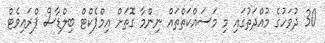
30 ދުވަހުގެ މުއްދަތުގައި މި މަސައްކަތްތައް ނިންމާ ގޮތަށް އިމްޕެކްޓް ބިލްޑާސް ޕްރައިވެޓް